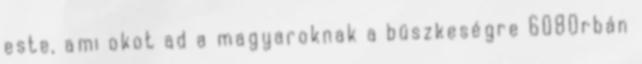
este, ami okot ad a magyaroknak a büszkeségre 608Orbán